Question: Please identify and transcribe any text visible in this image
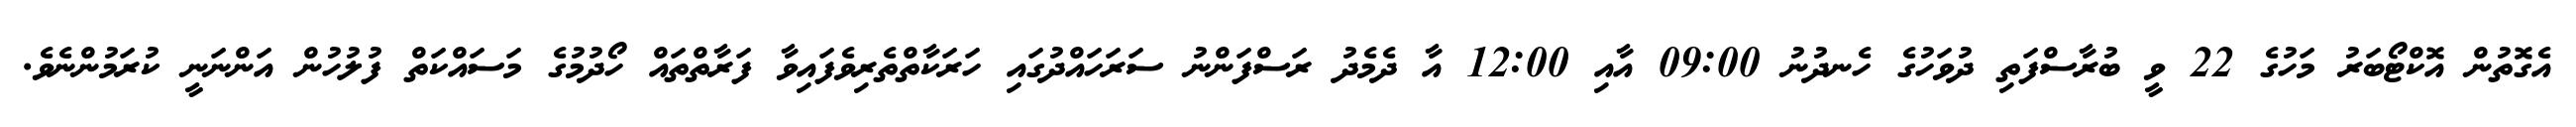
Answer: އެގޮތުން އޮކްޓޯބަރު މަހުގެ 22 ވީ ބުރާސްފަތި ދުވަހުގެ ހެނދުނު 09:00 އާއި 12:00 އާ ދެމެދު ރަސްފަންނު ސަރަހައްދުގައި ހަރަކާތްތެރިވެފައިވާ ފަރާތްތައް ހޯދުމުގެ މަސައްކަތް ފުލުހުން އަންނަނީ ކުރަމުންނެވެ.